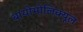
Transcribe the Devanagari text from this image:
बायोमोलिक्यूल